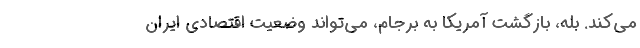
می‌کند. بله، بازگشت آمریکا به برجام، می‌تواند وضعیت اقتصادی ایران